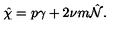
\hat { \chi } = p \gamma + 2 \nu m \hat { { \cal N } } .